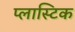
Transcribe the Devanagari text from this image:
प्‍लास्‍टिक